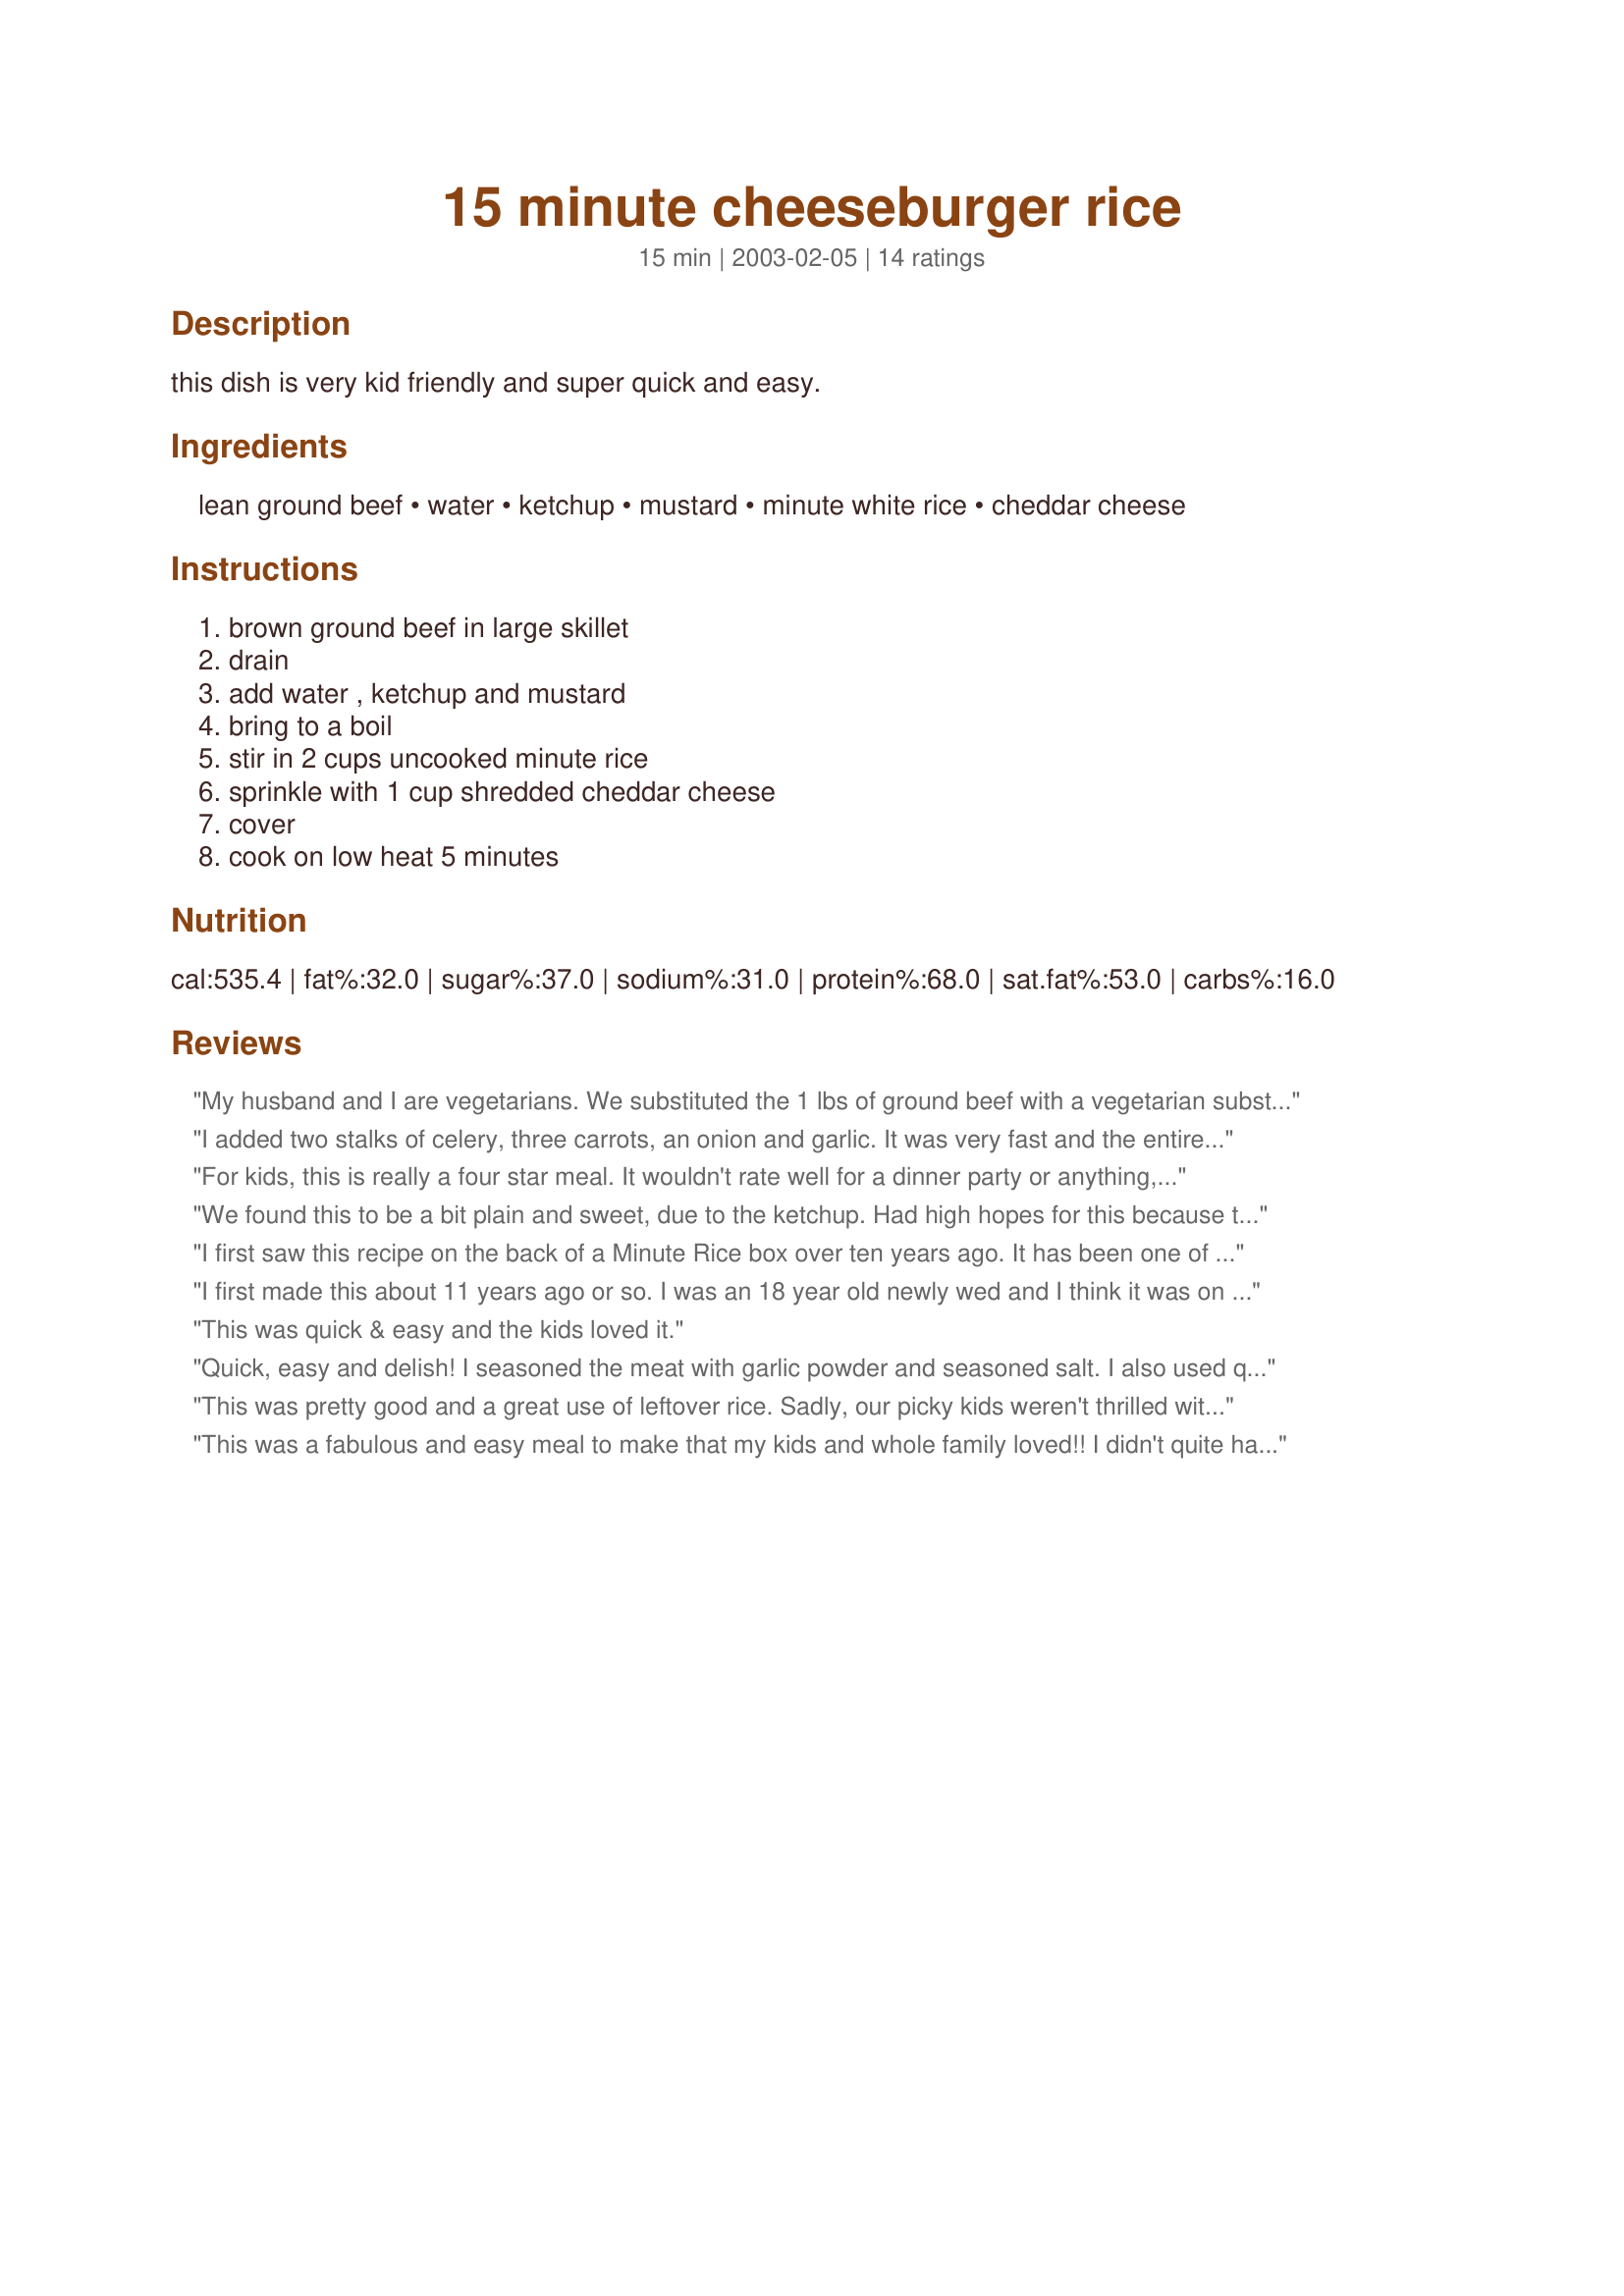
15 minute cheeseburger rice
Preparation time: 15 minutes

this dish is very kid friendly and super quick and easy.

Ingredients:
lean ground beef, water, ketchup, mustard, minute white rice, cheddar cheese

Steps:
brown ground beef in large skillet, drain, add water , ketchup and mustard, bring to a boil, stir in 2 cups uncooked minute rice, sprinkle with 1 cup shredded cheddar cheese, cover, cook on low heat 5 minutes

Reviews:
My husband and I are vegetarians. We substituted the 1 lbs of ground beef with a vegetarian substitute,Morningstar Farms® Meal Starters™ Grillers® Recipe Crumbles™. It turned out great and tasted delicious.
I added two stalks of celery, three carrots, an onion and garlic. It was very fast and the entire family enjoyed it. Thanks for sharing.
For kids, this is really a four star meal. It wouldn't rate well for a dinner party or anything, but my one and two year old both loved it. It was really quick and I always have everything on hand. I think the sweetness of the ketchup was a little much, but when you're two, it's an obvious plus. Don't kids smoother everything in ketchup anyway?! I made sure to salt and pepper the beef before I cooked it, and I added diced onions and about a tsp. of fresh garlic. You could easily add tomaotes, peppers, mushrooms, or carrots for a change, depending on what your family will eat. I did have to cook it for about 10 min. but it was worth the wait!
We found this to be a bit plain and sweet, due to the ketchup. Had high hopes for this because the premise is great. But my 2 c. rice were not cooked in the 5 minutes of simmering time, and I had to add more liquid. With tweaking (adding spices, decreasing the ketchup and adding diced tomatoes perhaps) this could be a real winner. As it is, it was just "sorta good."
I first saw this recipe on the back of a Minute Rice box over ten years ago. It has been one of my favorite go-to dishes when I don't have much time to cook ever since because it's so fast and easy. It's also budget-friendly and my whole family loves it. I often jazz it up with some pickle juice in place of some of the water. I've used the juice from dill pickles, bread-and-butter pickles, and even sweet pickles and they all taste awesome. And what a great way to use up the leftover pickle juice that would normally get thrown out!! The pickle juice REALLY makes this dish taste like a cheeseburger. For another twist, I sometimes use barbecue sauce to replace some or all of the ketchup. Can't go wrong with this one!!
I first made this about 11 years ago or so. I was an 18 year old newly wed and I think it was on the back of the Minute Rice box. I absolutely love it.

What I am trying to figure out now is how to make it with leftover white rice. I don't usually buy minute rice anymore.

GREAT every day kind of meal!
This was quick & easy and the kids loved it.
Quick, easy and delish! I seasoned the meat with garlic powder and seasoned salt. I also used quick cooking brown rice, instead of white. I think the rice could have cooked a couple of minutes longer. Next time, I might add mushrooms. Thanks!
This was pretty good and a great use of leftover rice. Sadly, our picky kids weren't thrilled with it though.
This was a fabulous and easy meal to make that my kids and whole family loved!! I didn't quite have enough ketchup so I mixed what I had with BBQ sauce and it was excellent. Also I used spicy brown mustard and that was really good too. I will definatly be making this again thanks sherri35.
This was a fast, easy meal with a green salad. I had leftover Brown Rice Florentine (recipe #85635), so I used 2 cups of that instead of the Minute Rice. I used about 3/4 cup of water and only about half of the ketchup. I think I will purposely make too much Brown Rice Florentine next time so I can make this again!
My family has been making this forever. We found it in a Kraft cookbook and have loved it ever since! It's really fast and easy and the ingredients are always on hand. We like to add chopped onion and cook it with the beef, it add some extra flavour. Also, we usually add extra cheese because we like it cheesey :)
I rated this based on a kid friendly meal. It is hard to find things that my 2 yr. old granddaughter will eat. When she ate this and said it tasted good it was a 5 stars for me. The rest of us added salsa to our for a spicer flavor. 

Thanks Sherrie 35 for your recipe.
This is so easy and so good! It's going to become one of my favorite comfort foods! I added some garlic powder and some onion flakes to the ground beef when I browned it, just to give it a little more flavor for my tastes. Great quick and easy recipe! Thanks!
